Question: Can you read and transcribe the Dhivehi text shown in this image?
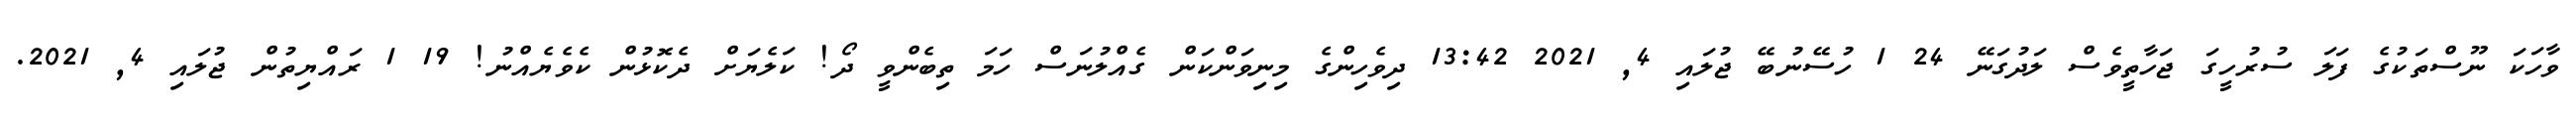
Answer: ވާހަކަ ނޫސްތަކުގެ ފަލަ ސުރުހީގަ ޖަހާތީވެސް ލަދުގަނޭ 24 1 ހުސޭނުބޭ ޖުލައި 4, 2021 13:42 ދިވެހިންގެ މިނިވަންކަން ގެއްލުނަސް ހަމަ ތިބެންވީ ދޯ! ކަލެޔަށް ދެކޮޅުން ކެވެޔެއްނު! 19 1 ރައްޔިތުން ޖުލައި 4, 2021.